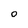
Character: O